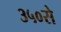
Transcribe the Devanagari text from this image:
३५०से